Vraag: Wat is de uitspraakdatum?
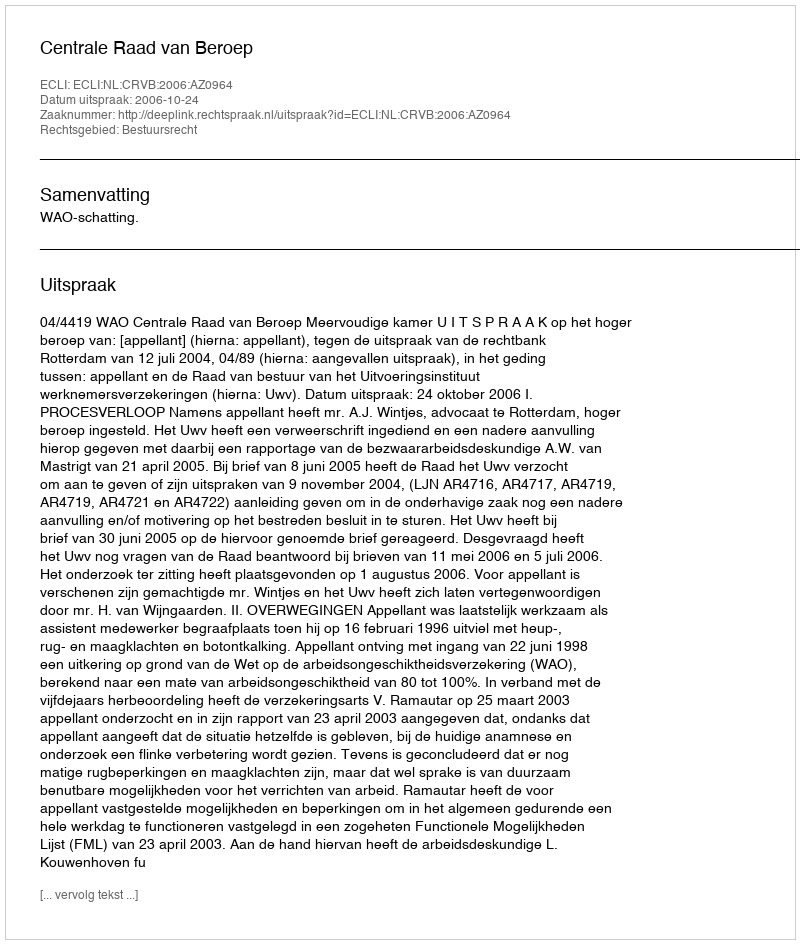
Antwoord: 2006-10-24